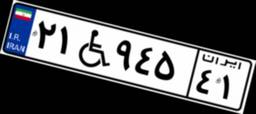
۲۱W۹۴۵۴۱